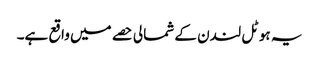
یہ ہوٹل لندن کے شمالی حصے میں واقع ہے۔